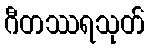
ဂီတဿရသုတ်